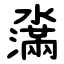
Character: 濷